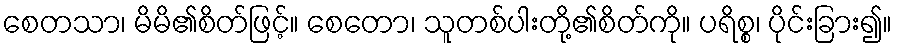
စေတသာ၊ မိမိ၏စိတ်ဖြင့်။ စေတော၊ သူတစ်ပါးတို့၏စိတ်ကို။ ပရိစ္စ၊ ပိုင်းခြား၍။